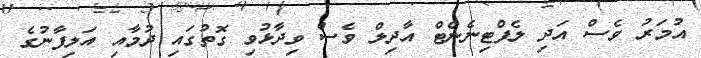
އުމަރު ވެސް އަދި ލެފްޓިނެންޓް އާދިލް ވެސް ވިދާޅުވި ގޮތުގައި ދުމާއި އަލިފާނުގެ